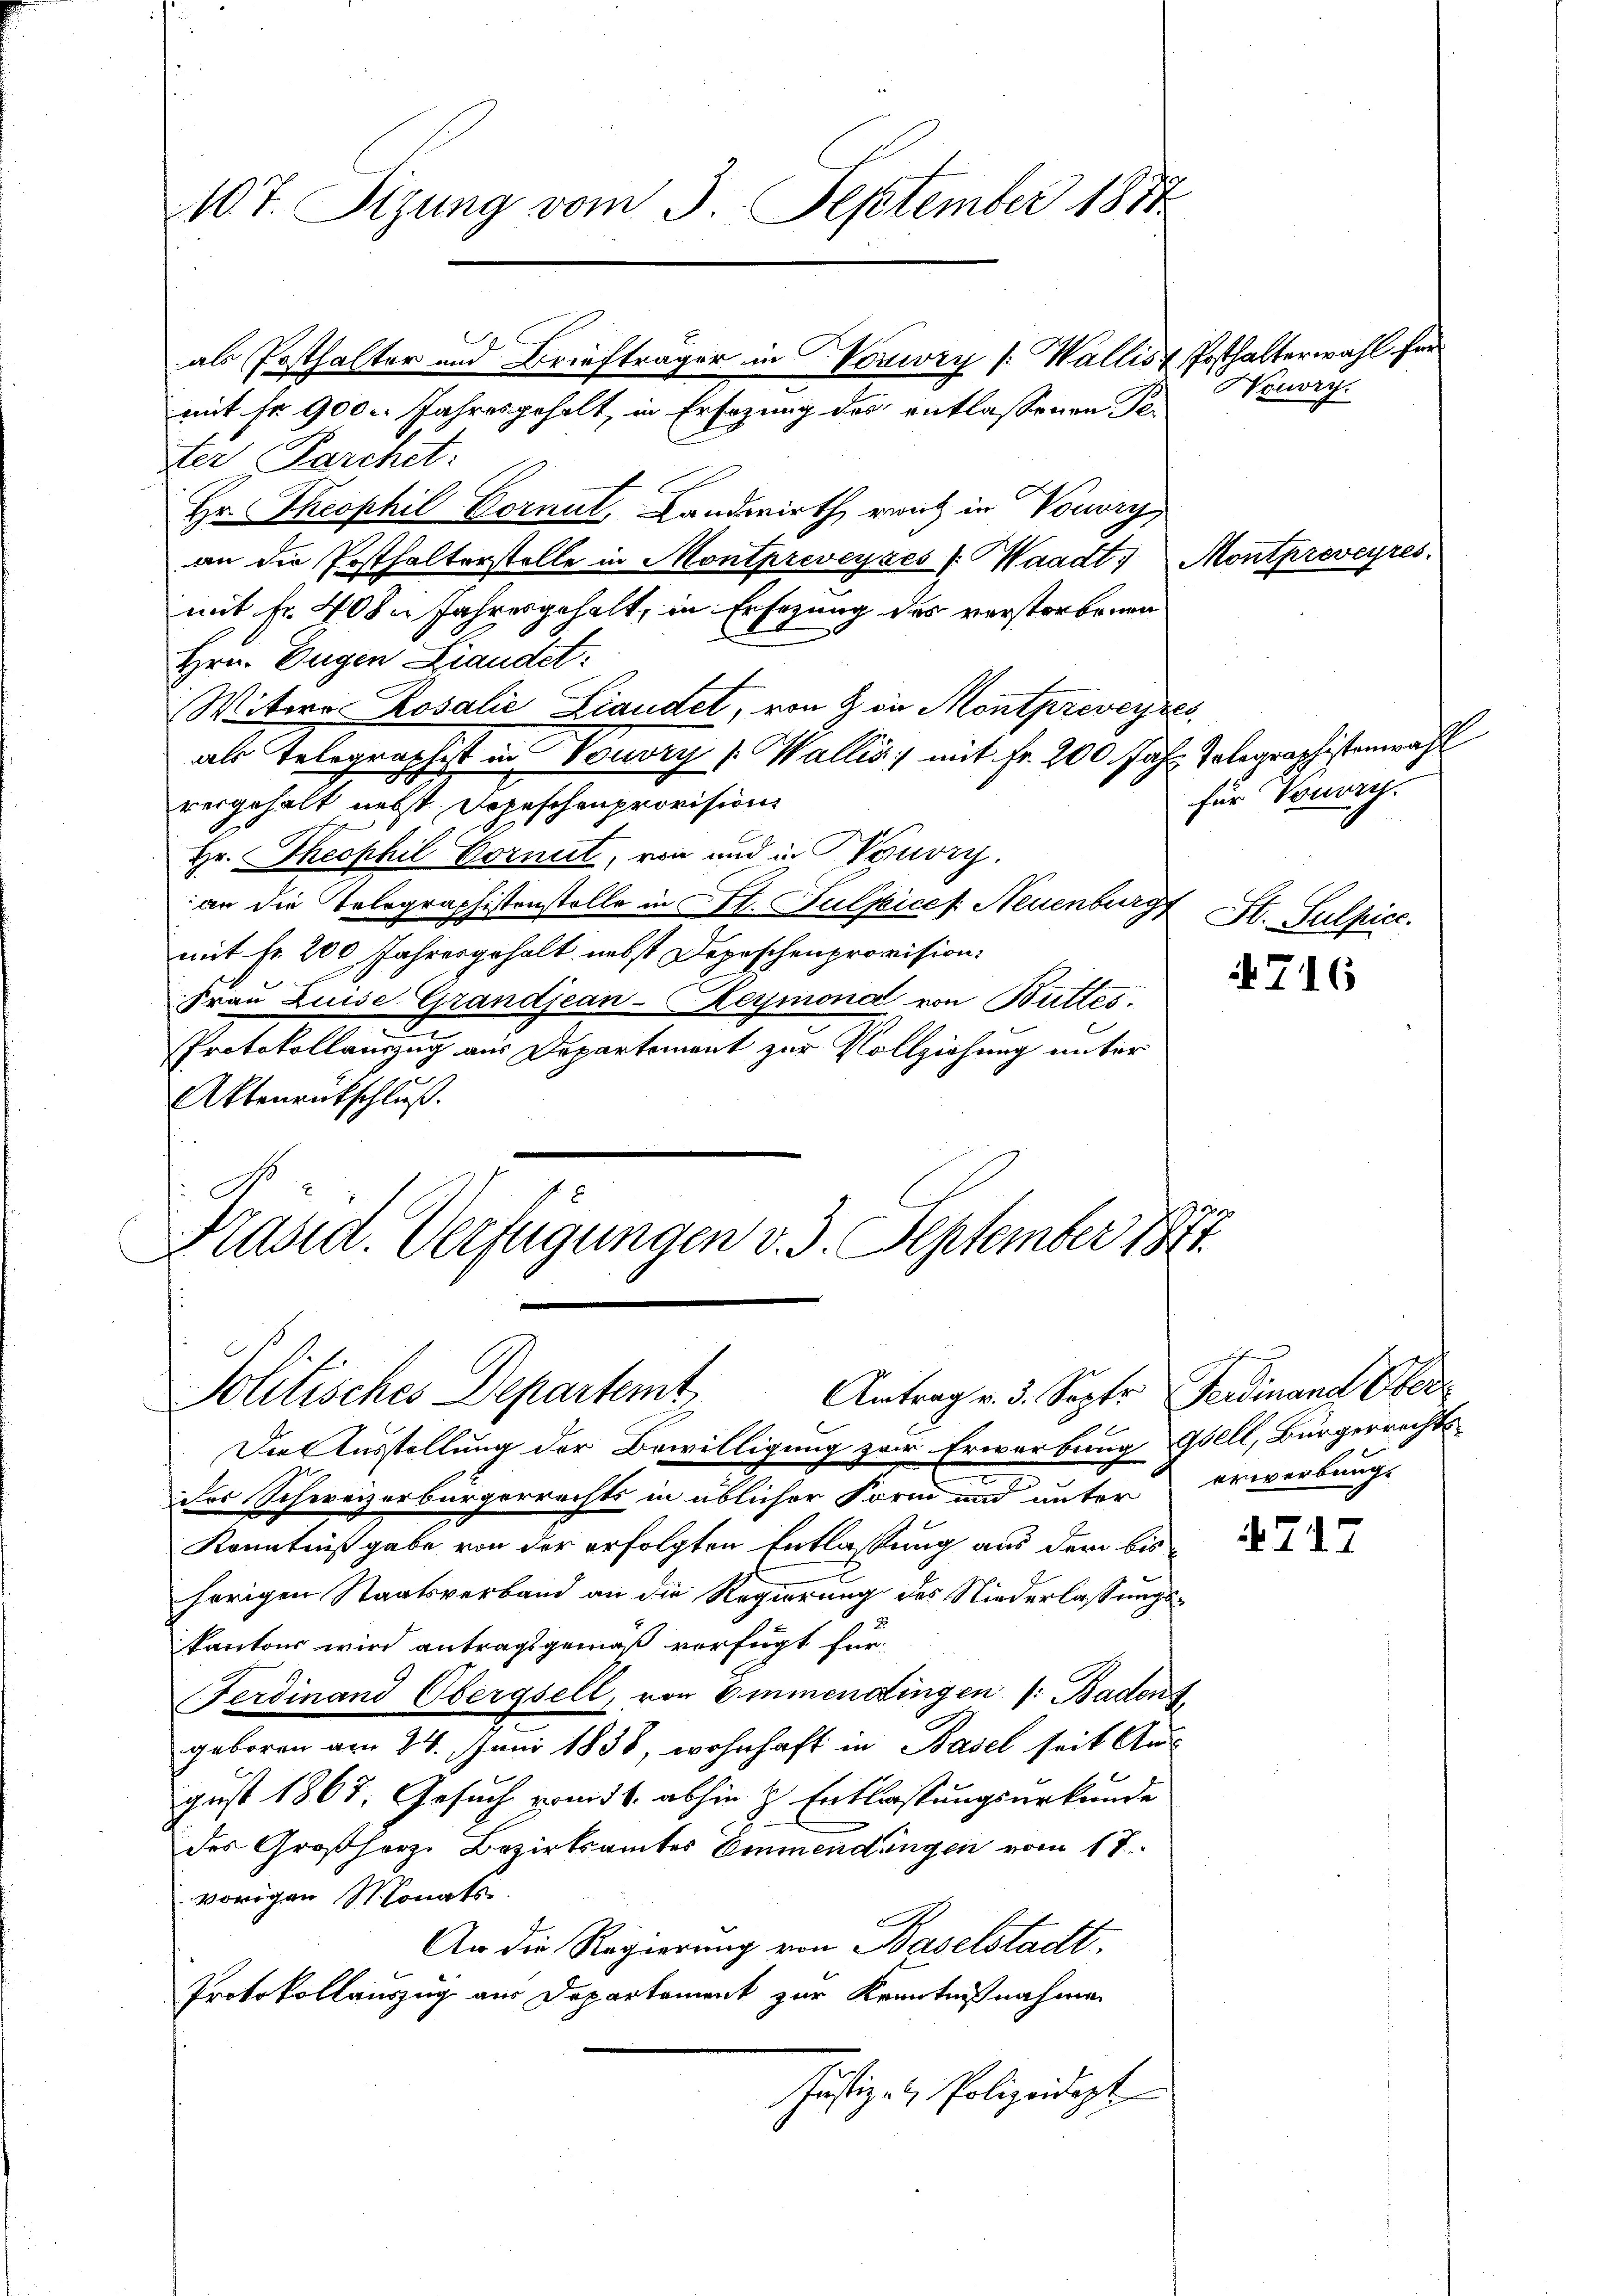
ter Parchet:
Hr. Theophil Vormut, Landwirth, reich in Vouvry
an die Posthalterstelle in Montpreveyes (Waadt,
mit Fr. 408. Jahresgehalt, in Ersezung des verstorbenen
Hrn. Eugen Landet:
Witwe Rosalić Liandet, von & in Montpreveyres
als Telegraphist in Vouvry ( Wallis mit Fr. 200 Jahr Telegraphistenwahl
vergehalt nebst Depeschenprovision
Hr. Theophil Vormit, von und in Vouvry.
an die Telegraphistenstelle in St. Julpicef Neuenburg
mit Fr. 200 Jahresgehalt nebst Depeschenprovision.
Frau Luise Grandjean-Reymona von Buttes.
Protokollauszug aus Departement zur Vollziehung unter
Aktenrutschluß.

107. Sizung vom 3. September 1814.

als Posthalter und Briefträger in Vonwry [Wallist Posthalterwahl für
mit fr. 900. Jahresgehalt, in Ersezung der entlassenen Pe¬

Präsid. Verfügungen v. 3. September 1891
Politisches Departemt
Antrag v. 3. Septr

Die Ausstellung der Bewilligung zur Erwerbung Gfell, Bürgerrechts
.
der Schweizerbürgerrechts in üblicher Form und unter erwerbungs
Kenntniß gabe von der erfolgten Entlassung aus der bis
hörigen Staatsverband an die Regierung des Niederlassungskantons wird antragsgemäß verfügt für
Ferdinand Obergsell, von Emmendingen /: Baden s
geboren am 24. Juni 1838, wohnhaft in Basel seit Aus-
gust 1867; Gesuch vom 11. abhin z Entlassungsurkunde
des Großherze Bezirksamtes Emmendungen vom 17.
vorigen Monats
An die Regierung von Baselstadt.
Protokollauszug aus Departement zur Kenntnißnahmen
Justiz- & Polizeidigt

Nouvry.

Montpreveyres.

für Vouvry.
St. Sulpice.

4716

4717

Ferdinand de